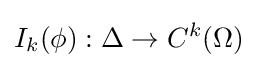
I_{k}(\phi ):\Delta \to C^{k}(\Omega )